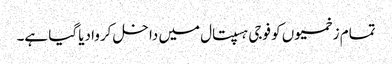
تمام زخمیوں کو فوجی ہسپتال میں داخل کروا دیا گیا ہے۔